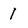
Character: 1